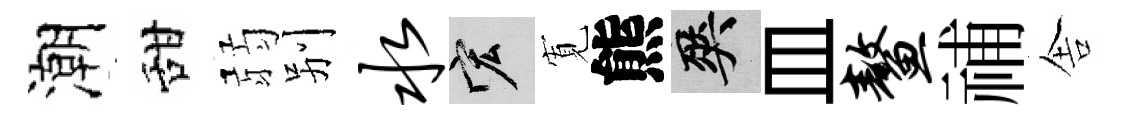
潮甜弱别水宏𡩖熊爽皿鳌𥙷舎